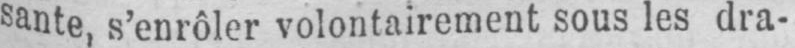
sante, s’enrôler volontairement sous les dra-